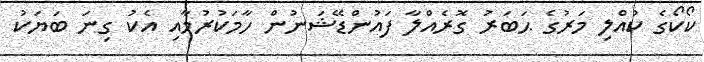
ކޯކޯގެ ކުއްލި މަރުގެ ޙަބަރު ގޮރެއްލާ ފައުންޑޭޝަނުން ހާމަކުރުމާއި އެކު ގިނަ ބަޔަކު